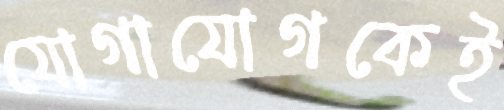
যোগাযোগকেই